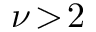
\nu \! > \! 2